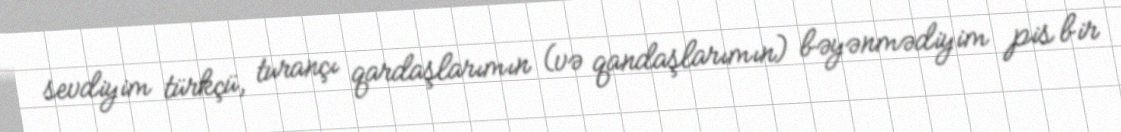
sevdiyim türkçü, turançı qardaşlarımın (və qandaşlarımın) bəyənmədiyim pis bir